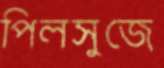
পিলসুজে